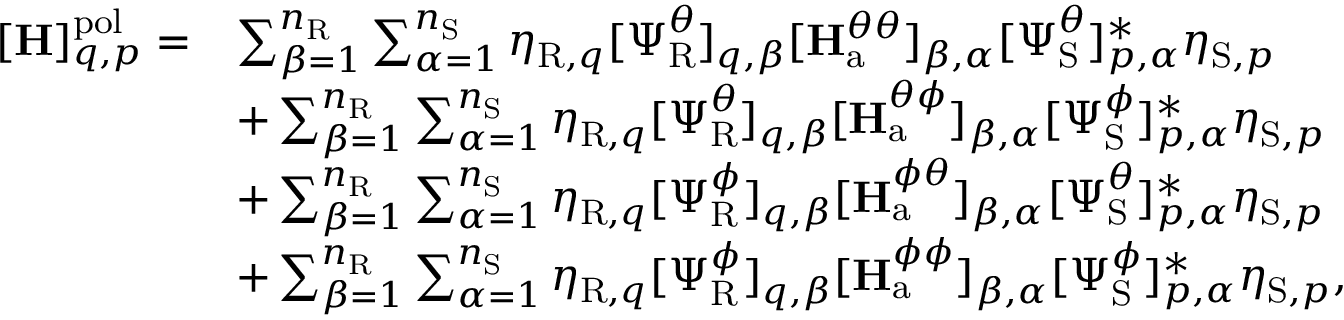
\begin{array} { r l } { [ \mathbf { H } ] _ { q , p } ^ { \mathrm { p o l } } = } & { \sum _ { \beta = 1 } ^ { n _ { \mathrm { R } } } \sum _ { \alpha = 1 } ^ { n _ { \mathrm { S } } } \eta _ { \mathrm { R } , q } [ \boldsymbol { \Psi } _ { \mathrm { R } } ^ { \theta } ] _ { q , \beta } [ \mathbf { H } _ { \mathrm { a } } ^ { \theta \theta } ] _ { \beta , \alpha } [ \boldsymbol { \Psi } _ { \mathrm { S } } ^ { \theta } ] _ { p , \alpha } ^ { * } \eta _ { \mathrm { S } , p } } \\ & { + \sum _ { \beta = 1 } ^ { n _ { \mathrm { R } } } \sum _ { \alpha = 1 } ^ { n _ { \mathrm { S } } } \eta _ { \mathrm { R } , q } [ \boldsymbol { \Psi } _ { \mathrm { R } } ^ { \theta } ] _ { q , \beta } [ \mathbf { H } _ { \mathrm { a } } ^ { \theta \phi } ] _ { \beta , \alpha } [ \boldsymbol { \Psi } _ { \mathrm { S } } ^ { \phi } ] _ { p , \alpha } ^ { * } \eta _ { \mathrm { S } , p } } \\ & { + \sum _ { \beta = 1 } ^ { n _ { \mathrm { R } } } \sum _ { \alpha = 1 } ^ { n _ { \mathrm { S } } } \eta _ { \mathrm { R } , q } [ \boldsymbol { \Psi } _ { \mathrm { R } } ^ { \phi } ] _ { q , \beta } [ \mathbf { H } _ { \mathrm { a } } ^ { \phi \theta } ] _ { \beta , \alpha } [ \boldsymbol { \Psi } _ { \mathrm { S } } ^ { \theta } ] _ { p , \alpha } ^ { * } \eta _ { \mathrm { S } , p } } \\ & { + \sum _ { \beta = 1 } ^ { n _ { \mathrm { R } } } \sum _ { \alpha = 1 } ^ { n _ { \mathrm { S } } } \eta _ { \mathrm { R } , q } [ \boldsymbol { \Psi } _ { \mathrm { R } } ^ { \phi } ] _ { q , \beta } [ \mathbf { H } _ { \mathrm { a } } ^ { \phi \phi } ] _ { \beta , \alpha } [ \boldsymbol { \Psi } _ { \mathrm { S } } ^ { \phi } ] _ { p , \alpha } ^ { * } \eta _ { \mathrm { S } , p } , } \end{array}